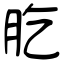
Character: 肐